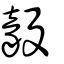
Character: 𣪣